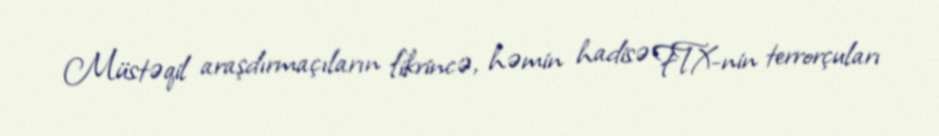
Müstəqil araşdırmaçıların fikrincə, həmin hadisə FTX-nin terrorçuları